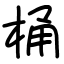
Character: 桶